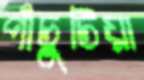
পাঁচুটিয়া